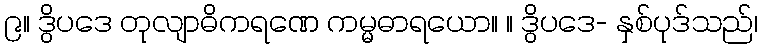
၉။ ဒွိပဒေ တုလျာဓိကရဏေ ကမ္မဓာရယော။ ။ ဒွိပဒေ- နှစ်ပုဒ်သည်၊